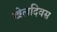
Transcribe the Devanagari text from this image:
खेलदिवस